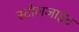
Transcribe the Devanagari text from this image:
स्टोलजाइट